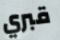
قبري